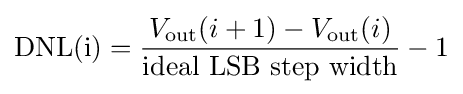
{\text{DNL(i)}}={{V_{\text{out}}(i+1)-V_{\text{out}}(i)} \over {\text{ideal LSB step width}}}-1